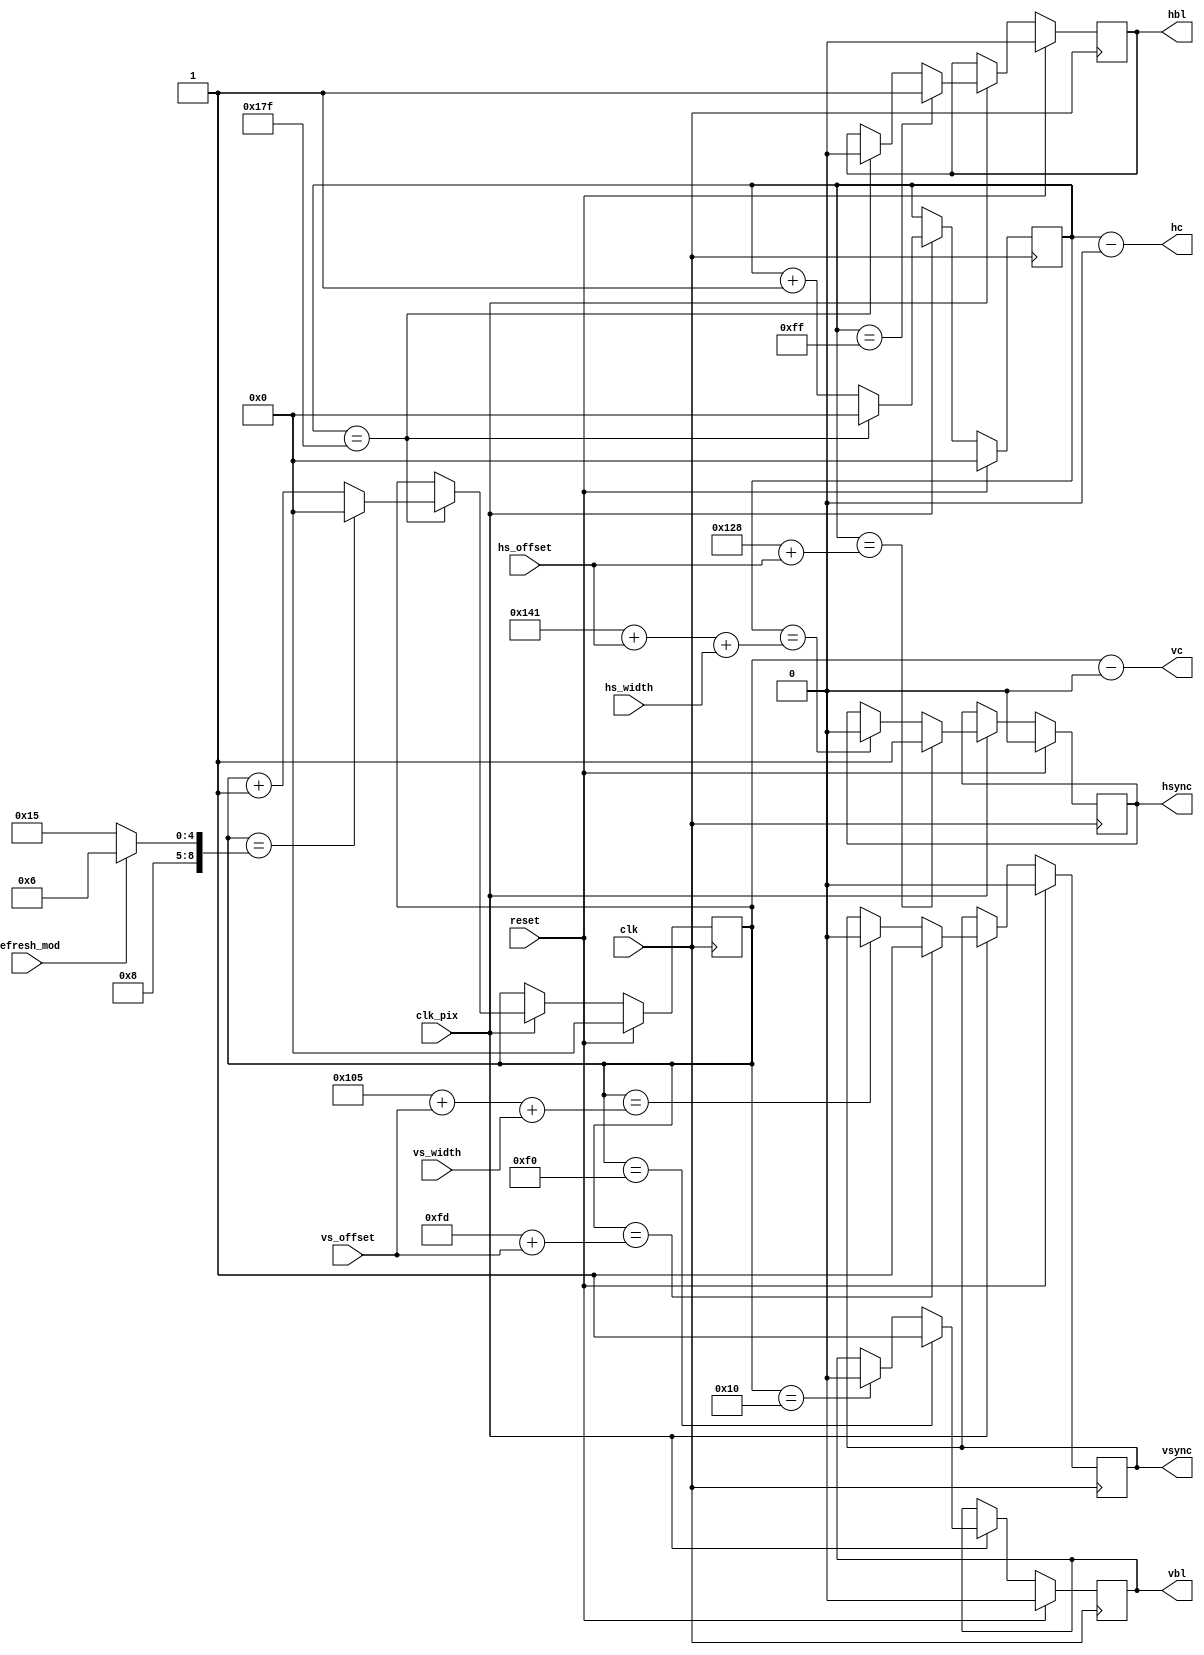

module video_timing
(
    input       clk,
    input       clk_pix,
    input       reset,

    input        refresh_mod,

    input  signed [3:0] hs_offset,
    input  signed [3:0] vs_offset,

    input  signed [3:0] hs_width,
    input  signed [3:0] vs_width,

    output [8:0] hc,
    output [8:0] vc,

    output reg  hsync,
    output reg  vsync,

    output reg  hbl,
    output reg  vbl
);

wire [8:0] h_ofs = 0;
wire [8:0] HBL_START  = 255;
wire [8:0] HBL_END    = 383;
wire [8:0] HS_START   = HBL_START + 41 + $signed(hs_offset);
wire [8:0] HS_END     = HBL_START + 66 + $signed(hs_offset) + $signed(hs_width);
wire [8:0] HTOTAL     = 383;

wire [8:0] v_ofs = 0;
wire [8:0] VBL_START  = 240;
wire [8:0] VBL_END    = 16;
wire [8:0] VS_START   = VBL_START + 13 + $signed(vs_offset);
wire [8:0] VS_END     = VBL_START + 21 + $signed(vs_offset) + $signed(vs_width);
wire [8:0] VTOTAL     = ( refresh_mod ? 262 : 277 );


reg [8:0] v;
reg [8:0] h;

assign vc = v - v_ofs;
assign hc = h - h_ofs;

always @ (posedge clk) begin
    if (reset) begin
        h <= 0;
        v <= 0;

        hbl <= 0;
        vbl <= 0;

        hsync <= 0;
        vsync <= 0;
    end else if ( clk_pix == 1 ) begin
        // counter
        if ( h == HTOTAL ) begin
            h <= 0;
            v <= v + 1'd1;

            if ( v == VTOTAL ) begin
                v <= 0;
            end
        end else begin
            h <= h + 1'd1;
        end

        // h signals
        if ( h == HBL_START ) begin
            hbl <= 1;
        end else if ( h == HBL_END ) begin
            hbl <= 0;
        end

        // v signals
        if ( v == VBL_START ) begin
            vbl <= 1;
        end else if ( v == VBL_END ) begin
            vbl <= 0;
        end

        if ( v == (VS_START ) ) begin
            vsync <= 1;
        end else if ( v == (VS_END ) ) begin
            vsync <= 0;
        end

        if ( h == (HS_START ) ) begin
            hsync <= 1;
        end else if ( h == (HS_END ) ) begin
            hsync <= 0;
        end
    end

end

endmodule